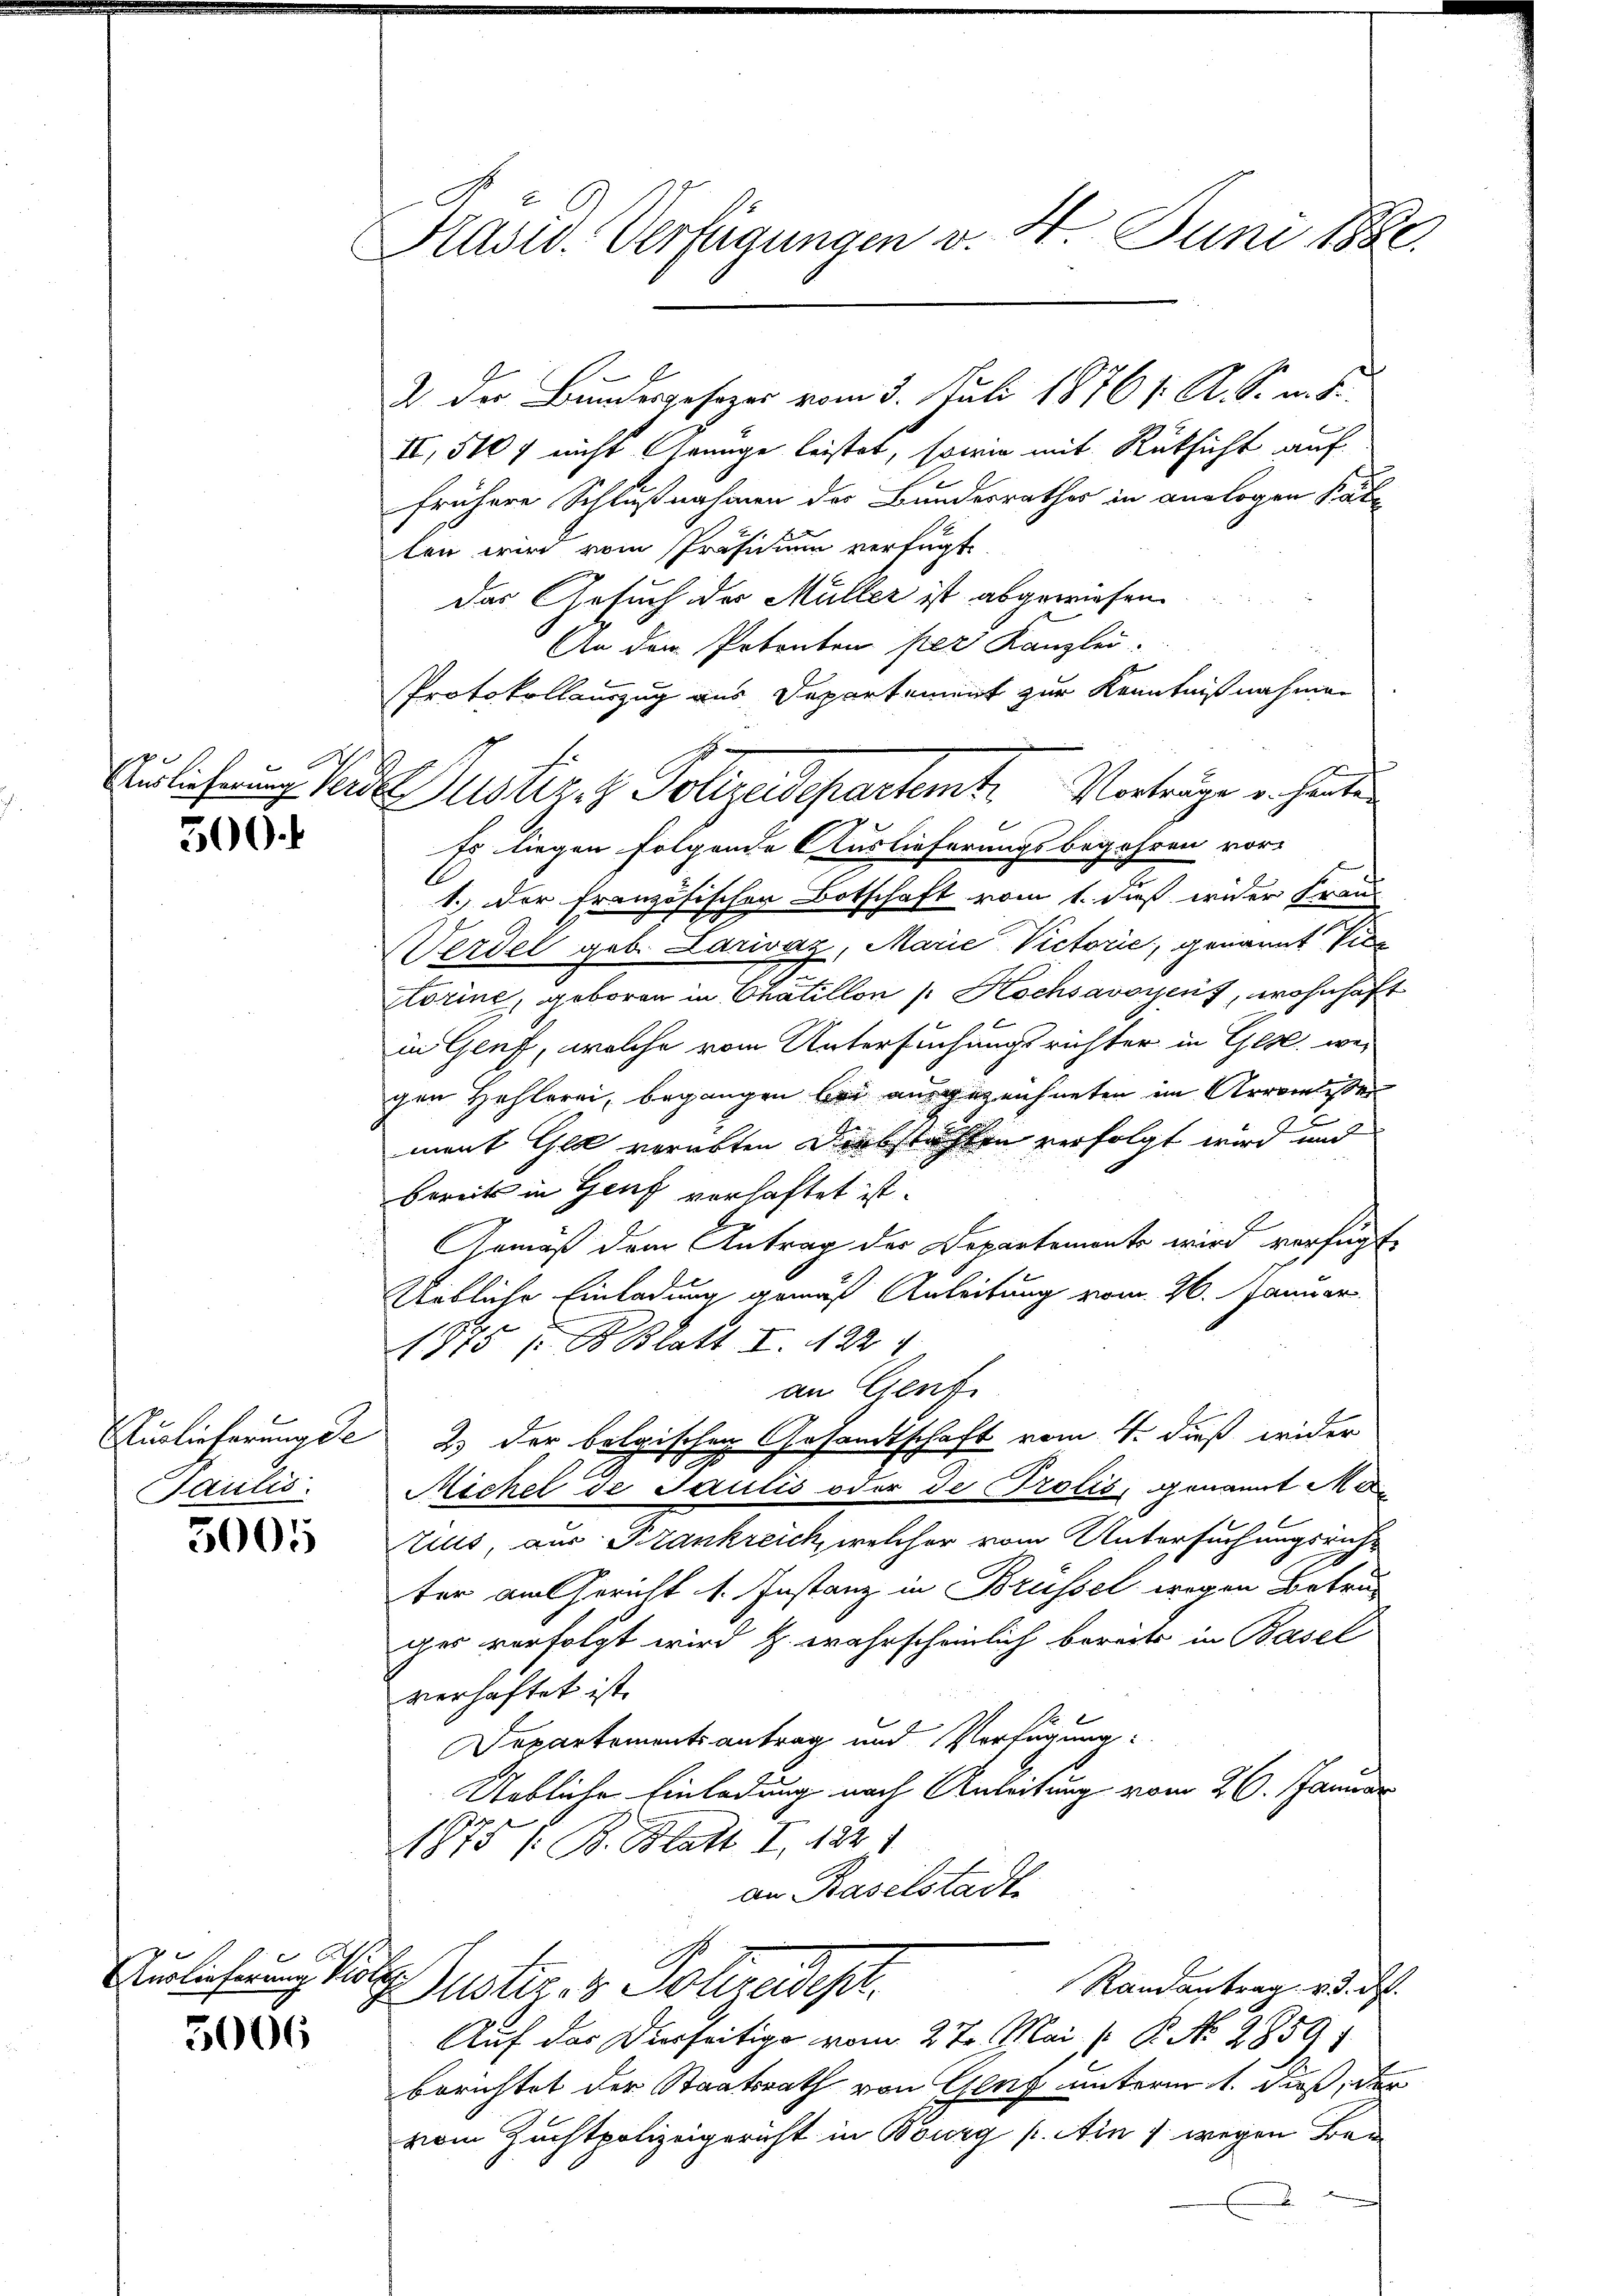
500.

Euglicherung de
Saulis.

5005

Auslieferung Violi

Pasid. Verfügungen v. 4. Juni 1890.

3006

PProtokollauszug aus Departement zur Kenntnißnahmen
Eirlichen sende Justiz- & Polizeidepartemte Vorträge er heuten

D der Bundesgesezes vom 3. Juli 1876 s. R. S. m. S.
II, 510 f nicht Genüge leistet, sowie mit Rüksicht auf
frühere Schlußnahmen der Bundesrathes in analogen Stat
len wird vom Präsidium verfügt:
das Gesuch der Müller ist abgewiesen.
An dem Petenton per Kanzlei-
Es liegen folgende Auslieferungsbegehren vor-
1.) Der französischen Botschaft vom 1. dieß wider Frau
Werdel geb. Lariváz, Marie Victorić, genannt Vice
örine, geboren in Chátillon /: Hochsavoyens, wohnhaft
in Genf, welche vom Untersuchungsrichter in Gl. wei
gen Hehlerei, begangen bei ausgezeichneten im Arromesser
ment Gla verübten Diebstahlen verfolgt wird und
bereits in Genf verhaftet ist.
Gemäß dem Antrag der Departemente wird verfügt,
Uebliche Einladung gemäß Anleitung vom 26. Januar
1875 p. B. Blatt I. 122 1
an Genf.
2.) Der belgischen Gesandtschaft vom 4. dieß wider
Michel de Saulis oder de Trotis, genannt Mi¬
Zius, aus Frankreich, welcher vom Untersuchungsricht
ter am Gericht 1. Instanz in Brüssel wegen Betrug
ges verfolgt wird z. wahrscheinlich bereits in Basel
verhaftet ist.
Departementsantrag und Verfügung:
Uebliche Einladung nach Anleitung vom 26. Januar
1875 / B. Blatt I 1241
an Baselstadt
Randantrag v. 3. d.
Puster. v. Potrauisch
Auf das Dierseitige vom 27. Mai  P. No. 2859
berichtet der Staatsrath von Glug unterm 1. daß, der
vom Zuchtpolizeigericht in Bourg p. Ain 1 wegen Bau¬